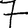
Digit: 7